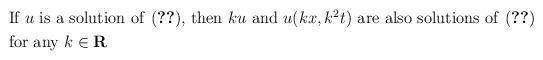
LaTeX: \begin{align*} & \mbox{If $u$ is a solution of \eqref{eq:1.4}, then $ku$ and $u(kx,k^2 t)$ are also solutions of \eqref{eq:1.4}}\\ & \mbox{for any $k\in{\bf R}$}\end{align*}